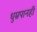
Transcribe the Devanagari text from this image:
धुम्रपानही